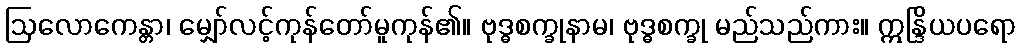
ဩလောကေန္တာ၊ မျှော်လင့်ကုန်တော်မူကုန်၏။ ဗုဒ္ဓစက္ခုနာမ၊ ဗုဒ္ဓစက္ခု မည်သည်ကား။ ဣန္ဒြိယပရော